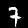
Digit: 7